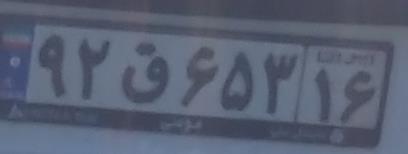
۹۲ق۶۵۳۱۶